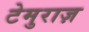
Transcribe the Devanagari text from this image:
टेमुराज़